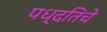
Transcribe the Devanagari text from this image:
पध्दतिचे